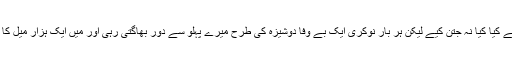
وہاں میں نے دوسری ملازمت کے لیے کیا کیا نہ جتن کیے لیکن ہر بار نوکری ایک بے وفا دوشیزہ کی طرح میرے پہلو سے دور بھاگتی رہی اور میں ایک ہزار میل کا لمبا سفر طے کر کے یہاں چلا آیا تھا۔